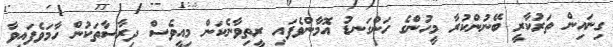
ގިނައިން ތަރުކާރީ ބޭނުންކުރާ މީހުންގެ ހަންގަނޑު އޮމާންވެފައި ރީތިވާނެކަން މިއީވެސް ދިރާސާތަކުން ހާމަވެފައިވާ